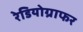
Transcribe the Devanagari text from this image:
रेडियोग्राफर